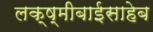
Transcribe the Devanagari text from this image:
लक्ष्मीबाईसाहेब